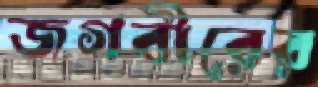
জগবীরের